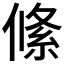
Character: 絛